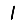
Digit: 1